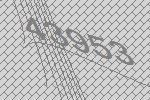
43953